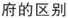
府的区别